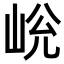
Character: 𡷋